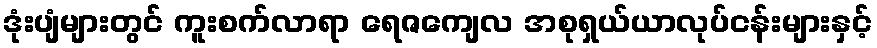
ဒုံးပျံများတွင် ကူးစက်လာရာ ရေဇကျေလ အစုရှယ်ယာလုပ်ငန်းများနှင့်